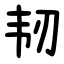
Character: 韧